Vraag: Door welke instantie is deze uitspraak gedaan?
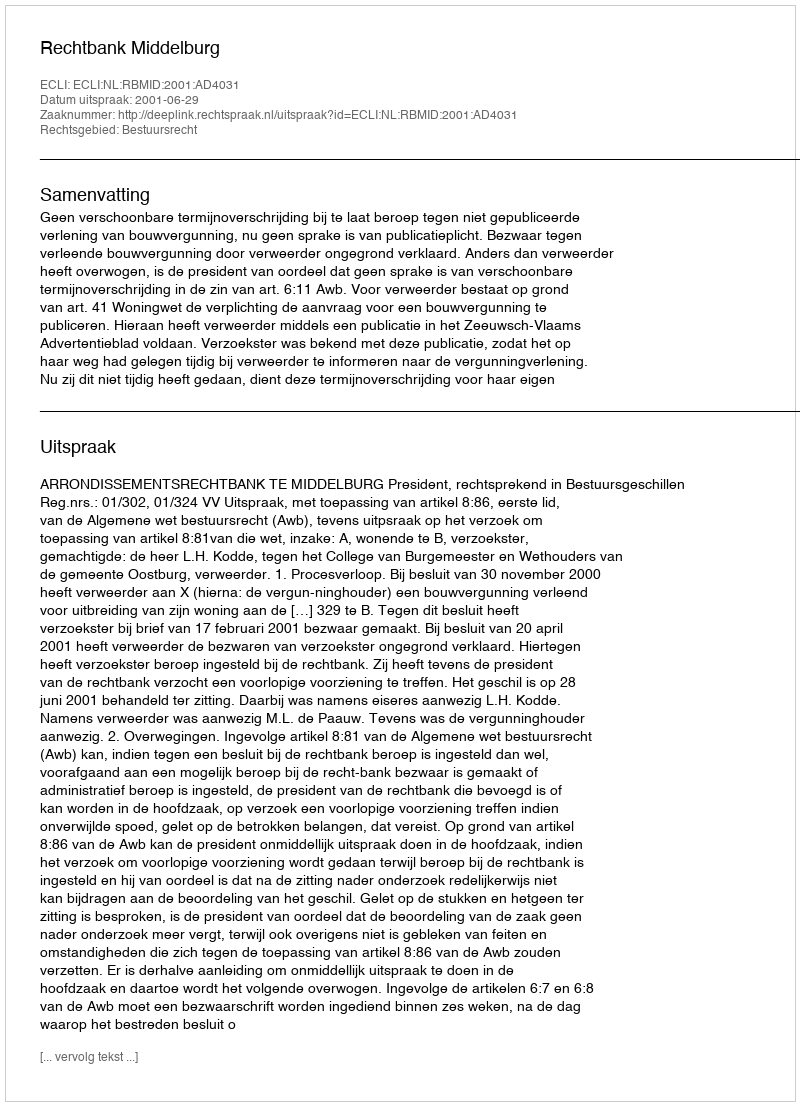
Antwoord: Rechtbank Middelburg